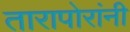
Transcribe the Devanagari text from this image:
तारापोरांनी